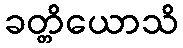
ခတ္တိယောသိ